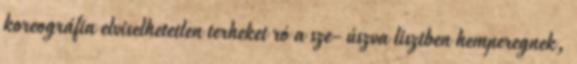
koreográfia elviselhetetlen terheket ró a sze- úszva lisztben hemperegnek,